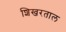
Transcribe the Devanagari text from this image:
शिखरताल